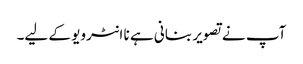
آپ نے تصویر بنانی ہے نا انٹرویو کے لیے۔